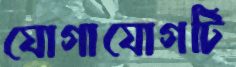
যোগাযোগটি